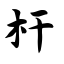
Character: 杆